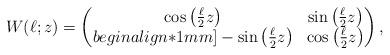
LaTeX: \begin{align*}W(\ell;z)=\begin{pmatrix}\cos\left(\frac\ell 2z\right)&\sin\left(\frac\ell 2z\right)\\begin{align*}1mm]-\sin\left(\frac\ell 2z\right)&\cos\left(\frac\ell 2z\right)\end{pmatrix},\end{align*}